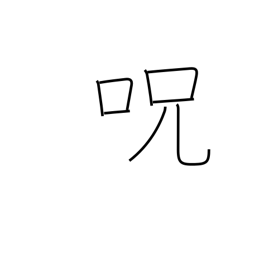
Meaning: charm